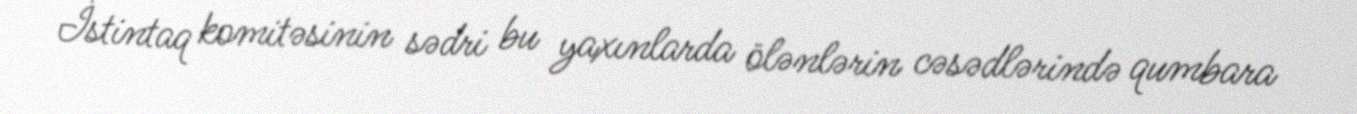
İstintaq komitəsinin sədri bu yaxınlarda ölənlərin cəsədlərində qumbara